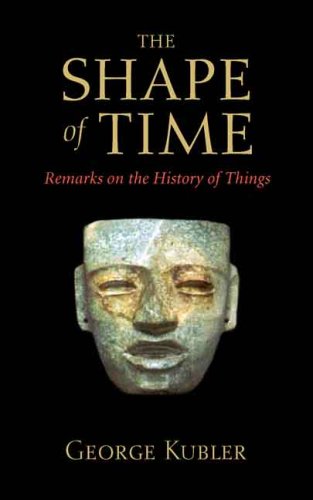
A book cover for The Shape of Time: Remarks on the History of Things; George Kubler; Politics & Social Sciences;